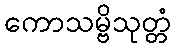
ကောသမ္ဗိသုတ္တံ